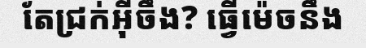
តែជ្រក់អ៊ីចឹង? ធ្វើម៉េចនឹង